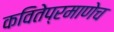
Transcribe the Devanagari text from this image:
कवितेप्रमाणेच